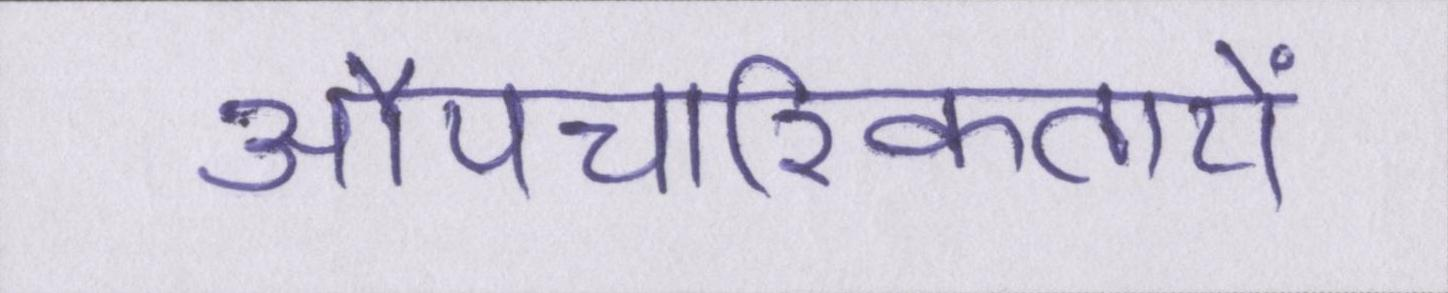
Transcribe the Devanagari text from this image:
औपचारिकतायें